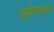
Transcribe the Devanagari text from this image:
साहित्यसाधक